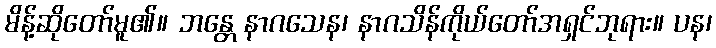
မိန့်ဆိုတော်မူ၏။ ဘန္တေ နာဂသေန၊ နာဂသိန်ကိုယ်တော်အရှင်ဘုရား။ ပန၊